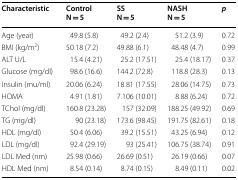
<table><thead><tr><td><b>Characteristic</b></td><td><b>ControlN = 5</b></td><td><b>SSN = 5</b></td><td><b>NASHN = 5</b></td><td><b><i>p</i></b></td></tr></thead><tbody><tr><td>Age (year)</td><td>49.8 (5.8)</td><td>49.2 (2.4)</td><td>51.2 (3.9)</td><td>0.72</td></tr><tr><td>BMI (kg/m<sup>2</sup>)</td><td>50.18 (7.2)</td><td>49.88 (6.1)</td><td>48.48 (4.7)</td><td>0.99</td></tr><tr><td>ALT U/L</td><td>15.4 (4.21)</td><td>25.2 (17.51)</td><td>25.4 (18.17)</td><td>0.37</td></tr><tr><td>Glucose (mg/dl)</td><td>98.6 (16.6)</td><td>144.2 (72.8)</td><td>118.8 (28.3)</td><td>0.13</td></tr><tr><td>Insulin (mu/ml)</td><td>20.06 (6.24)</td><td>18.81 (17.55)</td><td>28.06 (14.75)</td><td>0.73</td></tr><tr><td>HOMA</td><td>4.91 (1.81)</td><td>7.106 (10.01)</td><td>8.88 (6.24)</td><td>0.72</td></tr><tr><td>TChol (mg/dl)</td><td>160.8 (23.28)</td><td>157 (32.09)</td><td>188.25 (49.92)</td><td>0.69</td></tr><tr><td>TG (mg/dl)</td><td>90 (23.18)</td><td>173.6 (98.45)</td><td>191.75 (82.61)</td><td>0.18</td></tr><tr><td>HDL (mg/dl)</td><td>50.4 (6.06)</td><td>39.2 (15.51)</td><td>43.25 (6.94)</td><td>0.12</td></tr><tr><td>LDL (mg/dl)</td><td>92.4 (29.19)</td><td>93 (25.41)</td><td>106.75 (38.74)</td><td>0.91</td></tr><tr><td>LDL Med (nm)</td><td>25.98 (0.66)</td><td>26.69 (0.51)</td><td>26.19 (0.66)</td><td>0.07</td></tr><tr><td>HDL Med (nm)</td><td>8.54 (0.14)</td><td>8.74 (0.15)</td><td>8.49 (0.11)</td><td>0.02</td></tr></tbody></table>